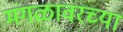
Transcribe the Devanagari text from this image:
मंगळावरच्या